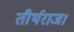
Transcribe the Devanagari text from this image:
तीर्थराज।